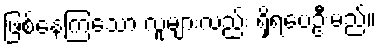
ဖြစ်နေကြသော လူများလည်း ရှိရပေဦးမည်။